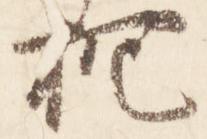
抱